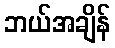
ဘယ်အချိန်